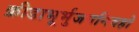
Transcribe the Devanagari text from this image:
क्रीडाभूर्भुजगनिवहो